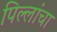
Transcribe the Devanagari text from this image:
पिल्लांचा